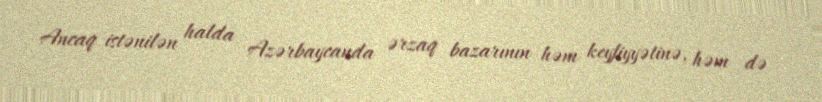
Ancaq istənilən halda Azərbaycanda ərzaq bazarının həm keyfiyyətinə, həm də